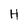
Character: H